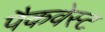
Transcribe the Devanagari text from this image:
पैकवेस्ट